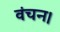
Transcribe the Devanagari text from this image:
वंचन।